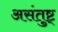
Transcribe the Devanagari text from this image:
असंतुष्ट्